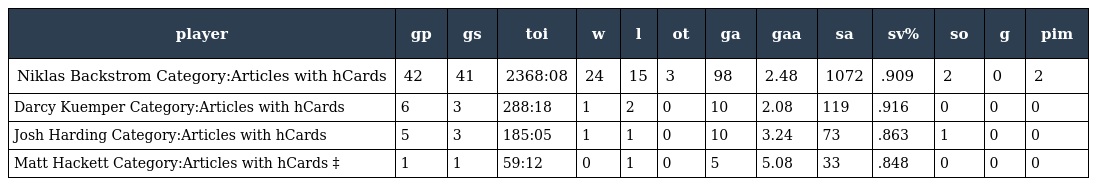
| player | gp | gs | toi | w | l | ot | ga | gaa | sa | sv% | so | g | pim |
 | --- | --- | --- | --- | --- | --- | --- | --- | --- | --- | --- | --- | --- | --- |
 | Niklas Backstrom Category:Articles with hCards | 42 | 41 | 2368:08 | 24 | 15 | 3 | 98 | 2.48 | 1072 | .909 | 2 | 0 | 2 |
 | Darcy Kuemper Category:Articles with hCards | 6 | 3 | 288:18 | 1 | 2 | 0 | 10 | 2.08 | 119 | .916 | 0 | 0 | 0 |
 | Josh Harding Category:Articles with hCards | 5 | 3 | 185:05 | 1 | 1 | 0 | 10 | 3.24 | 73 | .863 | 1 | 0 | 0 |
 | Matt Hackett Category:Articles with hCards ‡ | 1 | 1 | 59:12 | 0 | 1 | 0 | 5 | 5.08 | 33 | .848 | 0 | 0 | 0 |